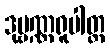
ဒုဗ္ဗဏ္ဏရူပါတ္ထ